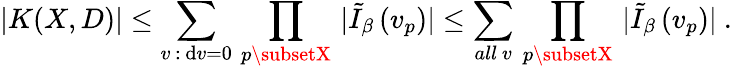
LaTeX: \left.|K(X,D)|\leq\sum_{v\, :\, \mathrm{d}v=0}\, \prod_{p\subsetX}\, |\tilde{{I}}_{\beta}\, (v_{p})|\leq\sum_{all\ v}\, \prod_{p\subsetX}\, |\tilde{{I}}_{\beta}\, (v_{p})|\right.\ .